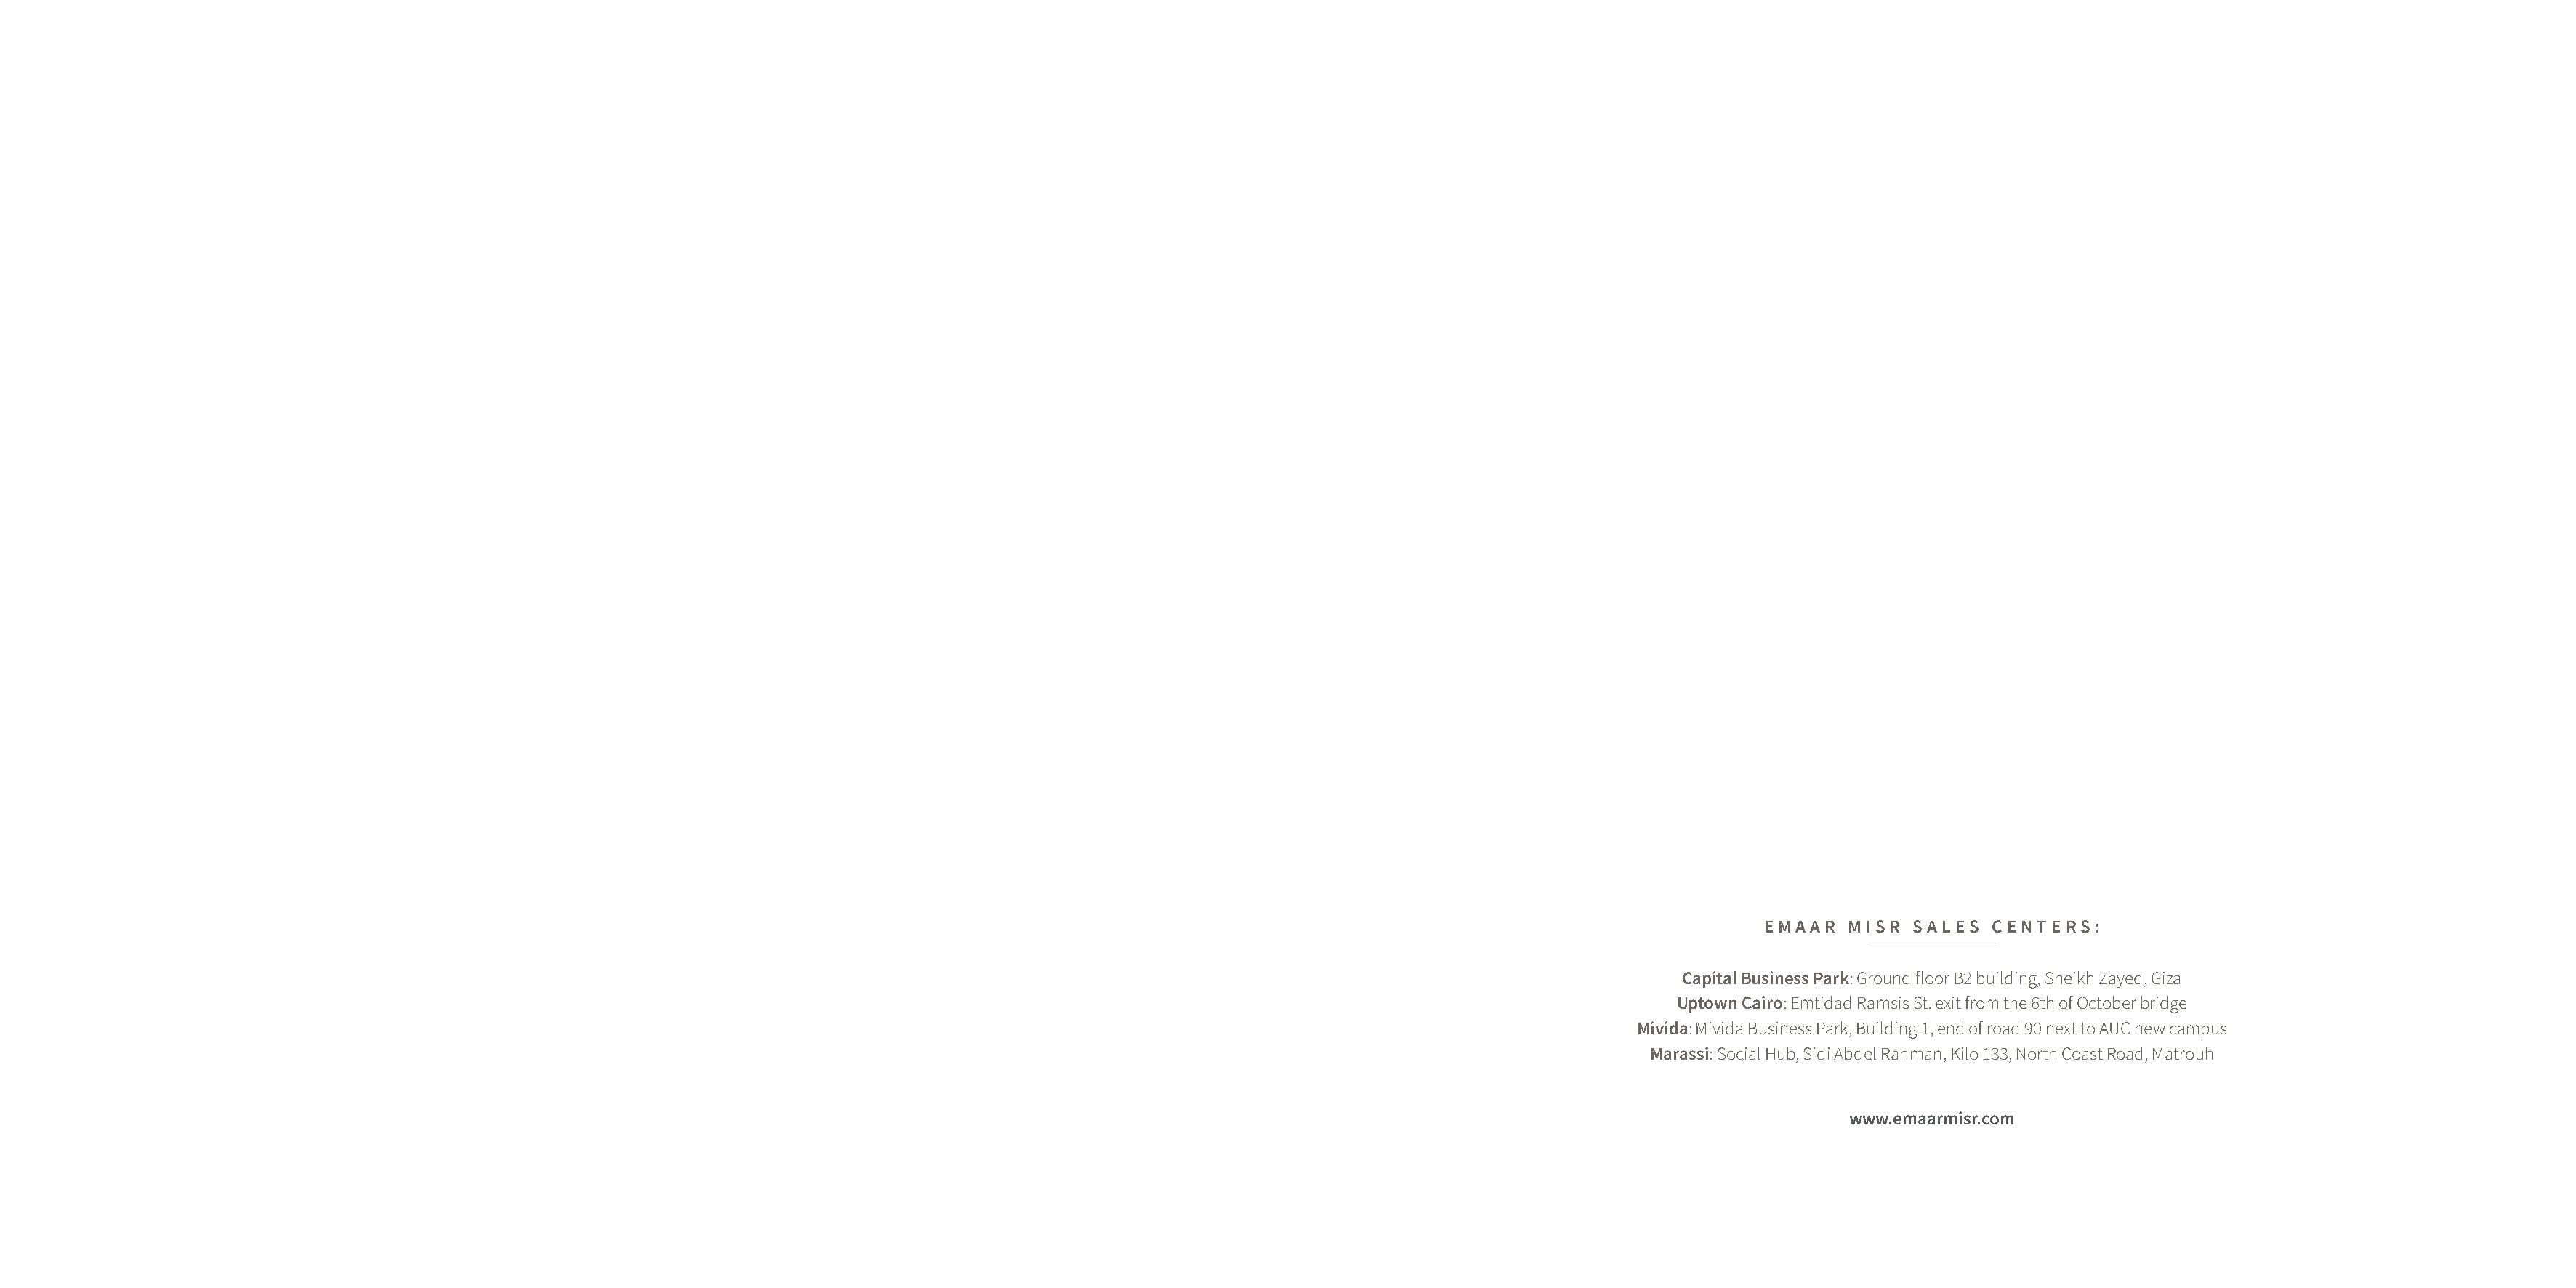
EMAAR  MISR  SALES  CENTERS:
 Capital Business Park: Ground floor B2 building, Sheikh Zayed, Giza
 Uptown Cairo: Emtidad Ramsis St. exit from the 6th of October bridge
 Mivida: Mivida Business Park, Building 1, end of road 90 next to AUC new campus
 Marassi: Social Hub, Sidi Abdel Rahman, Kilo 133, North Coast Road, Matrouh
 www.emaarmisr.com